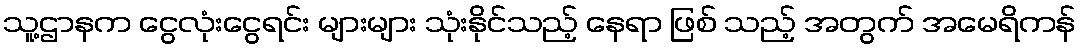
သူ့ဌာနက ငွေလုံးငွေရင်း များများ သုံးနိုင်သည့် နေရာ ဖြစ် သည့် အတွက် အမေရိကန်